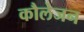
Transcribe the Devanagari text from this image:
कौलेजन